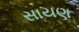
સાયણ